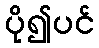
ပို၍ပင်